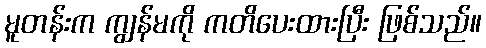
မူတန်းက ကျွန်မကို ကတိပေးထားပြီး ဖြစ်သည်။